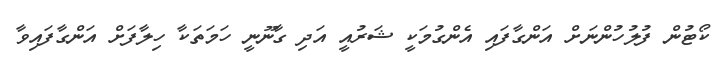
ކޯޓުން ފުލުހުންނަށް އަންގާފައި އެންގުމަކީ ޝަރުއީ އަދި ގާނޫނީ ހަމަތަކާ ހިލާފަށް އަންގާފައިވާ